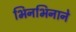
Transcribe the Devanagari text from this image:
भिनभिनाने